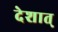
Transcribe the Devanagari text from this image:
देशात्